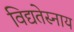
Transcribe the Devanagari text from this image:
विद्यतेस्नाय